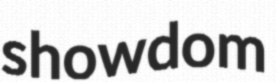
showdom